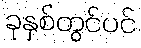
ခုနှစ်တွင်ပင်